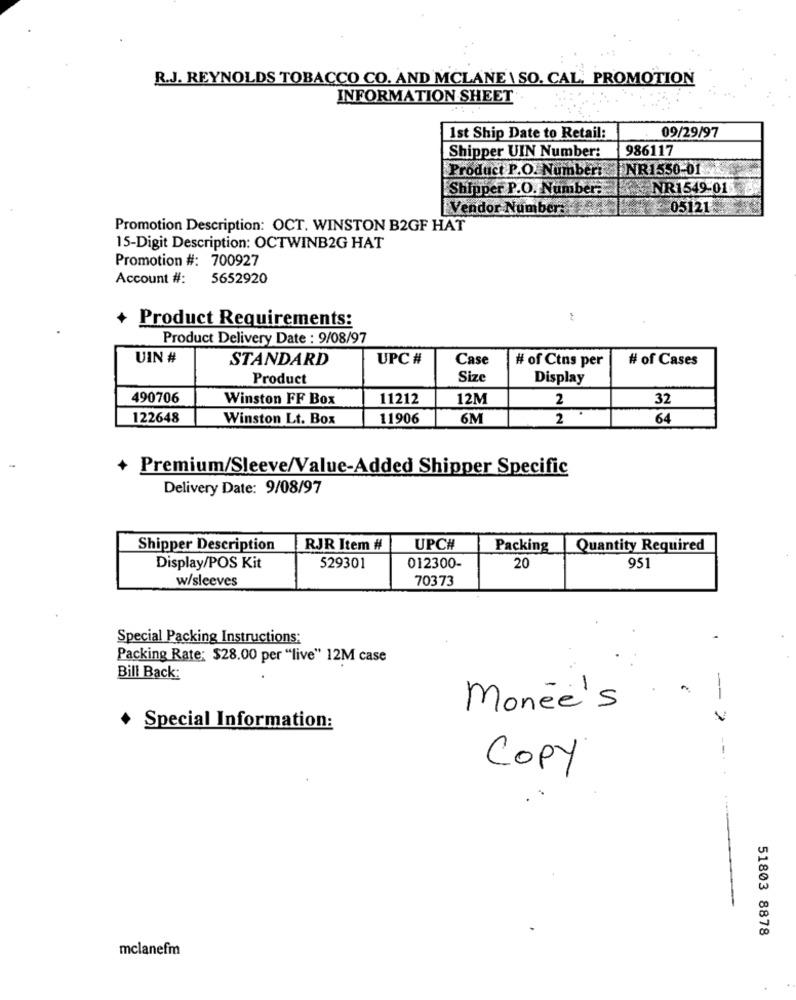
R.J. REYNOLDS TOBACCO CO. AND MCLANE \ SO. CAL. PROMOTION
INFORMATION SHEET
1st Ship Date to Retail:
09/29/97
986117
Shipper UIN Number:
Product P.O. Number: |NR1550-01
[Shipper P.O. Number.
NR1549-01
Vendor Number:
05121
Promotion Description: OCT. WINSTON B2GF HAT
15-Digit Description: OCTWINB2G HAT
Promotion #: 700927
Account #:
5652920
Product Requirements:
Product Delivery Date : 9/08/97
UIN #
STANDARD
UPC #
Case
# of Ctns per
# of Cases
Product
Size
Display
490706
Winston FF Box
11212
12M
2
32
122648
Winston Lt. Box
11906
6M
2
64
+ Premium/Sleeve/Value-Added Shipper Specific
Delivery Date: 9/08/97
Shipper Description
RJR Item #
UPC#
Packing
Quantity Required
Display/POS Kit
529301
012300-
20
951
w/sleeves
70373
Special Packing Instructions:
Packing Rate: $28.00 per "live" 12M case
Bill Back:
Monée's
+ Special Information:
Copy
51803 8878
mclanefm